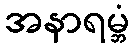
အနာရမ္ဘံ